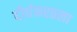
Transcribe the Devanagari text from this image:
दीर्घकरतला